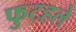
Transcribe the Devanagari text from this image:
फुटहले